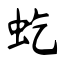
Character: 虼